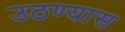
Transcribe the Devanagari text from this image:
उठण्यास